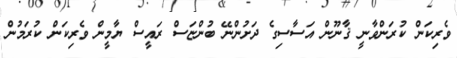
ވެރިކަން ކުރަންވާނީ ޤާނޫން އަސާސިގެ ދަށުންނޭ ބުންޏަސް ރައީސް ޔާމީން ވެރިކަން ކުރަމުން